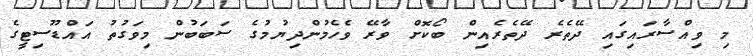
މި ވިއްސާރައިގައި ދޭތެރެ ދޭތެރެއިން ބޯކޮށް ވާރޭ ވެހެމުންދިޔުމުގެ ސަބަބުން މިވަގުތު އައްޑޫސިޓީގެ